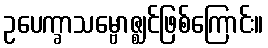
ဥပေက္ခာသမ္ဗောဇ္ဈင်ဖြစ်ကြောင်း။